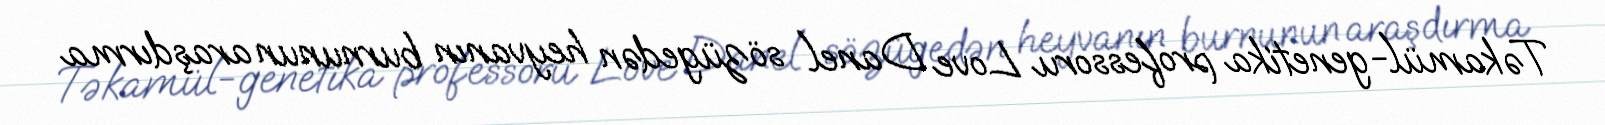
Təkamül-genetika professoru Love Danel sözügedən heyvanın burnunun araşdırma